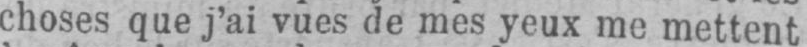
choses que j’ai vues de mes yeux me mettent